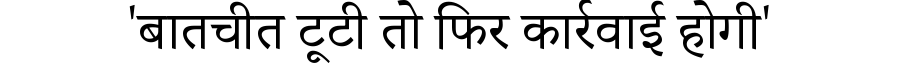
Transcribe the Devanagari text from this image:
'बातचीत टूटी तो फिर कार्रवाई होगी'